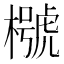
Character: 𣜵